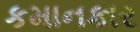
કમાનકાર